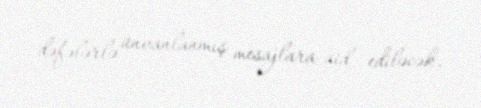
dəfələrlə ünvanlanmış mesajlara aid ediləcək.